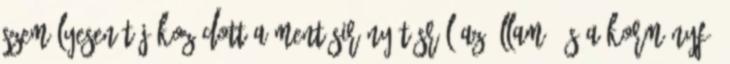
Személyesen tájékozódott a mentésirányításról az állam- és a kormányfő